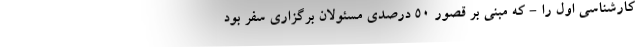
کارشناسی اول را - که مبنی بر قصور ۵۰ درصدی مسئولان برگزاری سفر بود